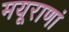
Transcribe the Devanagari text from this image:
मयूराणां